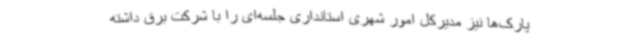
پارک‌ها نیز مدیرکل امور شهری استانداری جلسه‌ای را با شرکت‌ برق داشته